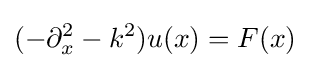
(-\partial _{x}^{2}-k^{2})u(x)=F(x)